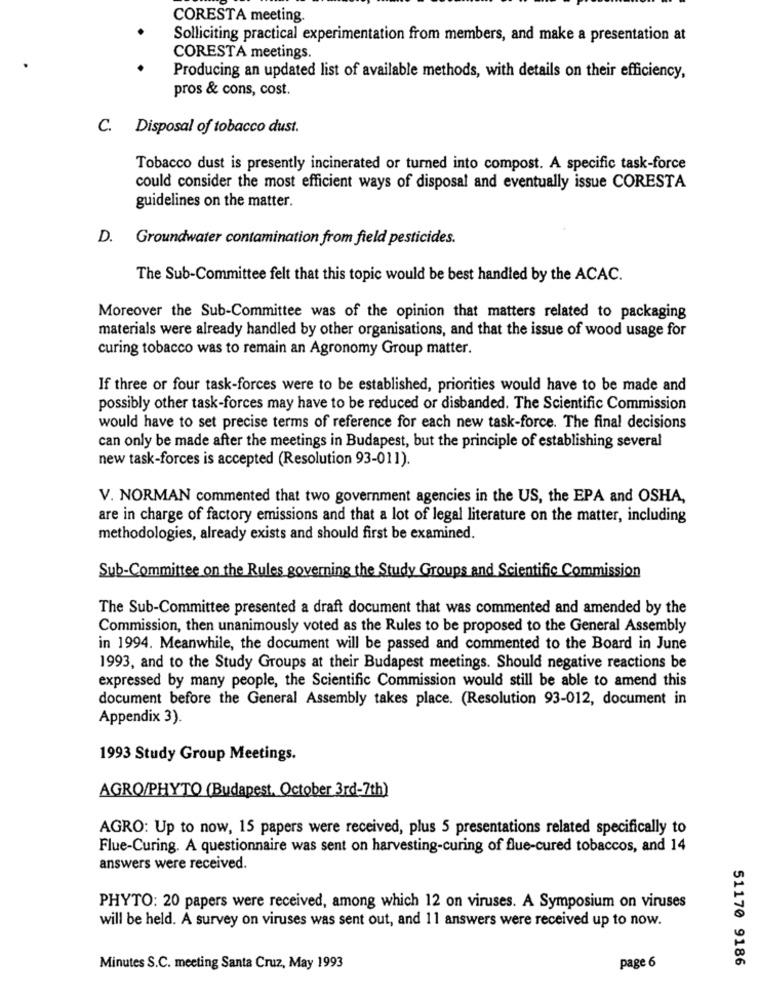
CORESTA meeting.
Solliciting practical experimentation from members, and make a presentation at
CORESTA meetings.
Producing an updated list of available methods, with details on their efficiency,
pros & cons, cost.
C. Disposal of tobacco dust.
Tobacco dust is presently incinerated or turned into compost. A specific task-force
could consider the most efficient ways of disposal and eventually issue CORESTA
guidelines on the matter.
D. Groundwater contamination from field pesticides.
The Sub-Committee felt that this topic would be best handled by the ACAC.
Moreover the Sub-Committee was of the opinion that matters related to packaging
materials were already handled by other organisations, and that the issue of wood usage for
curing tobacco was to remain an Agronomy Group matter.
If three or four task-forces were to be established, priorities would have to be made and
possibly other task-forces may have to be reduced or disbanded. The Scientific Commission
would have to set precise terms of reference for each new task-force. The final decisions
can only be made after the meetings in Budapest, but the principle of establishing several
new task-forces is accepted (Resolution 93-011).
V. NORMAN commented that two government agencies in the US, the EPA and OSHA,
are in charge of factory emissions and that a lot of legal literature on the matter, including
methodologies, already exists and should first be examined.
Sub-Committee on the Rules governing the Study Groups and Scientific Commission
The Sub-Committee presented a draft document that was commented and amended by the
Commission, then unanimously voted as the Rules to be proposed to the General Assembly
in 1994. Meanwhile, the document will be passed and commented to the Board in June
1993, and to the Study Groups at their Budapest meetings. Should negative reactions be
expressed by many people, the Scientific Commission would still be able to amend this
document before the General Assembly takes place. (Resolution 93-012, document in
Appendix 3).
1993 Study Group Meetings.
AGRO/PHYTO (Budapest, October 3rd-7th)
AGRO: Up to now, 15 papers were received, plus 5 presentations related specifically to
Flue-Curing. A questionnaire was sent on harvesting-curing of flue-cured tobaccos, and 14
answers were received.
PHYTO: 20 papers were received, among which 12 on viruses. A Symposium on viruses
will be held. A survey on viruses was sent out, and 11 answers were received up to now.
51170 9186
Minutes S.C. meeting Santa Cruz, May 1993
page 6